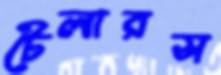
টেলারস